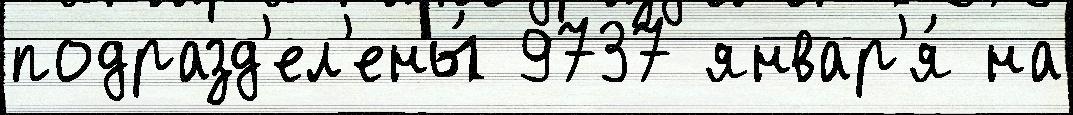
подразд'ел'ены́ 9737 январ'я́ на